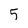
Character: 5